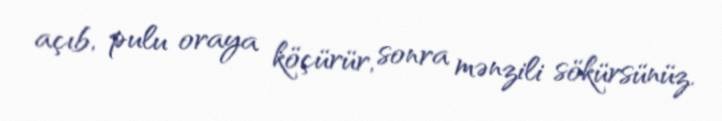
açıb, pulu oraya köçürür, sonra mənzili sökürsünüz.